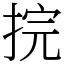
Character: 捖